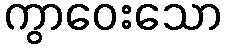
ကွာဝေးသော